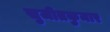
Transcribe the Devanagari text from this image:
सुजीतकुमार